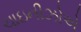
ચાઇનીઝોએ